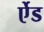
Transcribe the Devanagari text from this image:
र्एेड